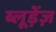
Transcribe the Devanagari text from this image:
ब्लूड़ेंज़